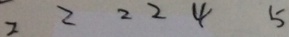
2 2 2 2 4 5